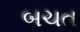
બચત